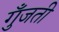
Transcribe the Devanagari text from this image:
गुँजती